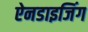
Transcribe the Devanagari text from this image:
ऐनडाइजिंग